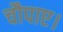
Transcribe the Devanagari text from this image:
चौपाए।